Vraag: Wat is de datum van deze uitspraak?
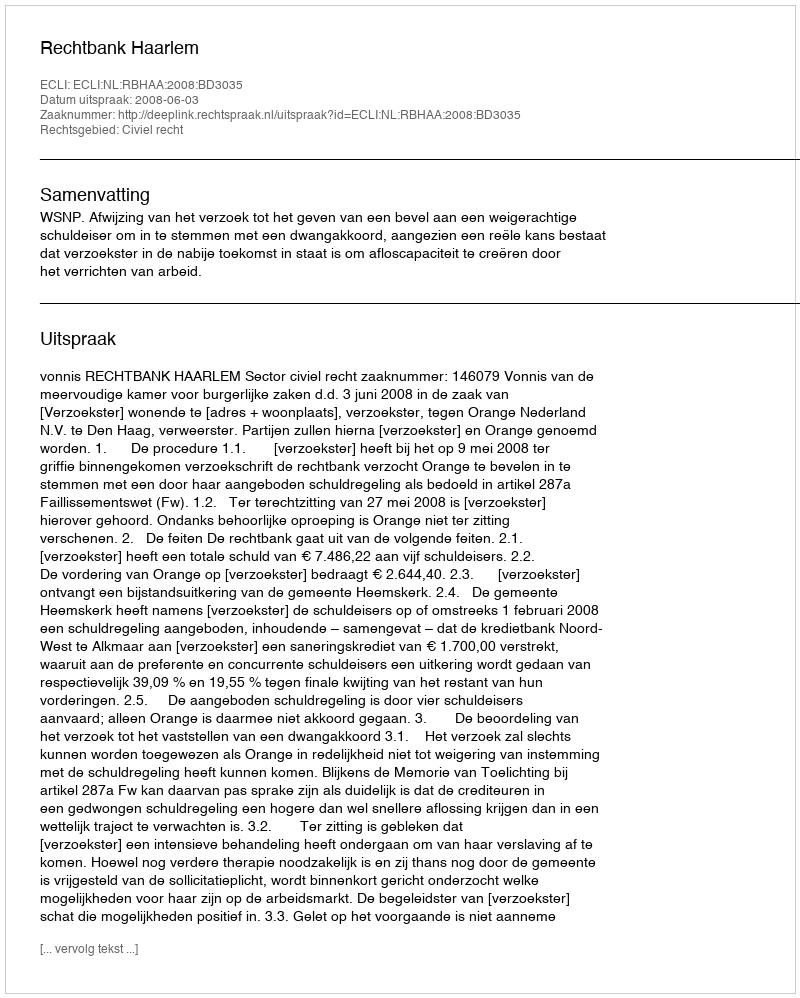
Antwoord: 2008-06-03